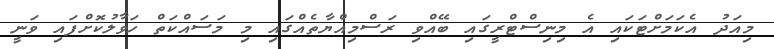
މިއަދު އެކަމަށްޓަކައި އެ މިނިސްޓްރީގައި ބޭއްވި ރަސްމިއްޔާތެއްގައި މި މަސައްކަތް ހަވާލުކޮށްފައި ވަނީ